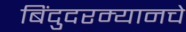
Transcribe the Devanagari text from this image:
बिंदुदरम्यानचे